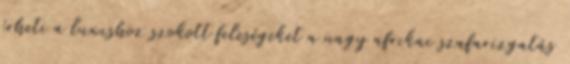
érheti a luxushoz szokott feleségeket a nagy afrikai szafarizgatás